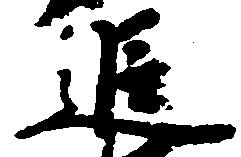
追